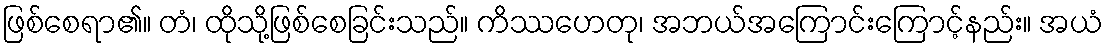
ဖြစ်စေရာ၏။ တံ၊ ထိုသို့ဖြစ်စေခြင်းသည်။ ကိဿဟေတု၊ အဘယ်အကြောင်းကြောင့်နည်း။ အယံ